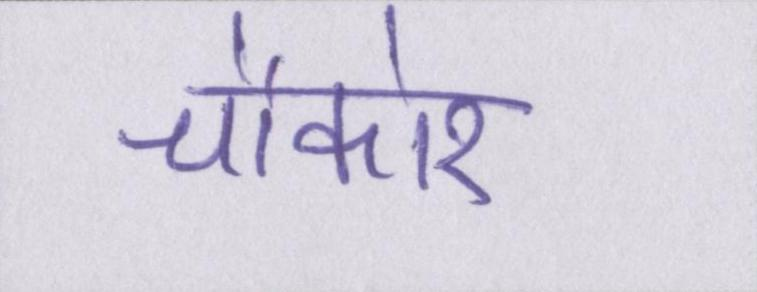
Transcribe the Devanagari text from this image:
चौकोर